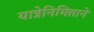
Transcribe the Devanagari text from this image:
यात्रेनिमित्ताने